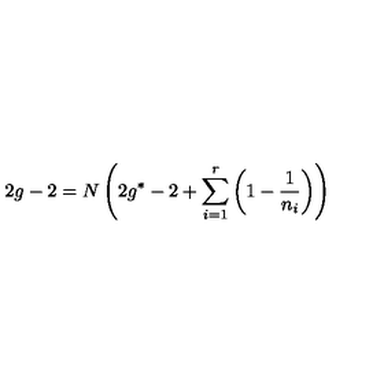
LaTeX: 2 g - 2 = N \left( 2 g ^ { * } - 2 + \sum _ { i = 1 } ^ { r } \left( 1 - \frac { 1 } { n _ { i } } \right) \right)